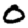
Digit: 0